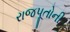
રાજપૂતોની